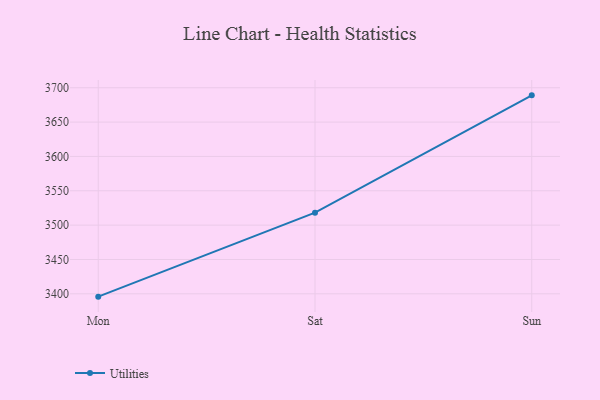
{"axis": {"x": "Day", "y": "Gross Profit (USD K)"}, "legend": ["Utilities"], "data": [{"x": "Mon", "y": 3395.9, "type": "Utilities"}, {"x": "Sat", "y": 3518.1, "type": "Utilities"}, {"x": "Sun", "y": 3688.9, "type": "Utilities"}]}